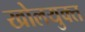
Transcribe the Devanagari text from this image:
खोलयुक्त